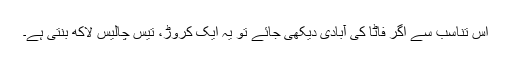
اس تناسب سے اگر فاٹا کی آبادی دیکھی جائے تو یہ ایک کروڑ، تیس چالیس لاکھ بنتی ہے۔